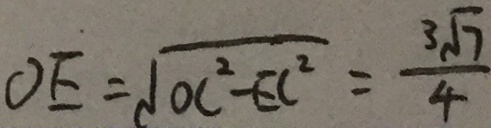
O E = \sqrt { O C ^ { 2 } - E C ^ { 2 } } = \frac { 3 \sqrt { 7 } } { 4 }